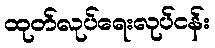
ထုတ်လုပ်ရေးလုပ်ငန်း